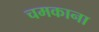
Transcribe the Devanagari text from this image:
चमकाना